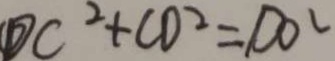
D C ^ { 2 } + C D ^ { 2 } = D O ^ { 2 }